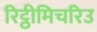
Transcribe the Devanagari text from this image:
रिट्ठीमिचरिउ